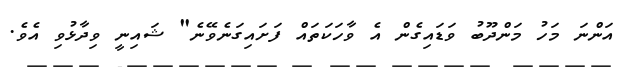
އަންނަ މަހު މަންދޫބު ވަޑައިގެން އެ ވާހަކަތައް ފަށައިގަނެވޭނެ" ޝައިނީ ވިދާޅުވި އެވެ.